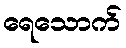
ရေသောက်